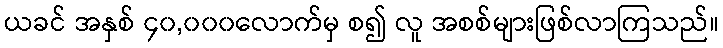
ယခင် အနှစ် ၄၀,၀၀၀လောက်မှ စ၍ လူ အစစ်များဖြစ်လာကြသည်။